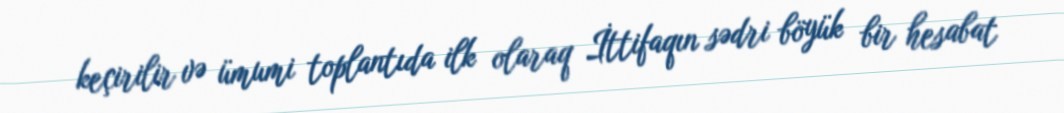
keçirilir və ümumi toplantıda ilk olaraq İttifaqın sədri böyük bir hesabat